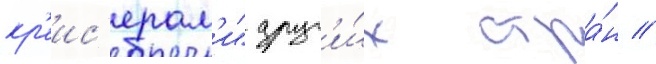
кр'еис'ерам'и" друг'и́х стра́н //